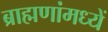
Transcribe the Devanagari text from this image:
ब्राह्मणांमध्यें